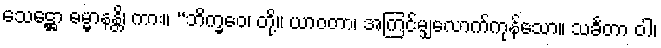
သေဋ္ဌော ဓမ္မာနန္တိ၊ ကား။ “ဘိက္ခဝေ၊ တို့။ ယာဝတာ၊ အကြင်မျှလောက်ကုန်သော။ သင်္ခတာ ဝါ၊